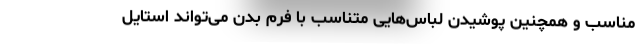
مناسب و همچنین پوشیدن لباس‌هایی متناسب با فرم بدن می‌تواند استایل